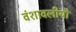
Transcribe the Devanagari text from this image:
वंशावलीयौं